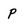
Character: p